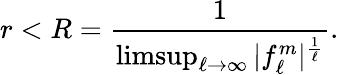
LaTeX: r<R={\frac{1}{\operatorname*{limsup}_{\ell\to\infty}|f_{\ell}^{m}|^{\frac{1}{\ell}}}}.